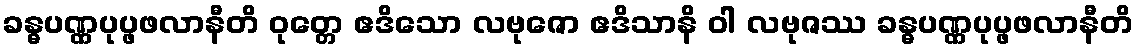
ခန္ဓပဏ္ဏပုပ္ဖဖလာနီတိ ဝုတ္တေ ဧဒိသော လဗုဇော ဧဒိသာနိ ဝါ လဗုဇဿ ခန္ဓပဏ္ဏပုပ္ဖဖလာနီတိ